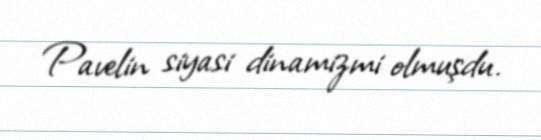
Pavelin siyasi dinamizmi olmuşdu.